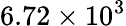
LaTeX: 6.72\times 10^{3}